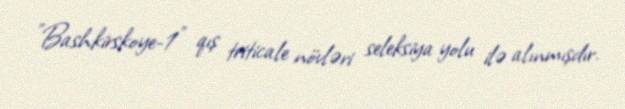
"Bashkirskoye-1" qış triticale növləri seleksiya yolu ilə alınmışdır.